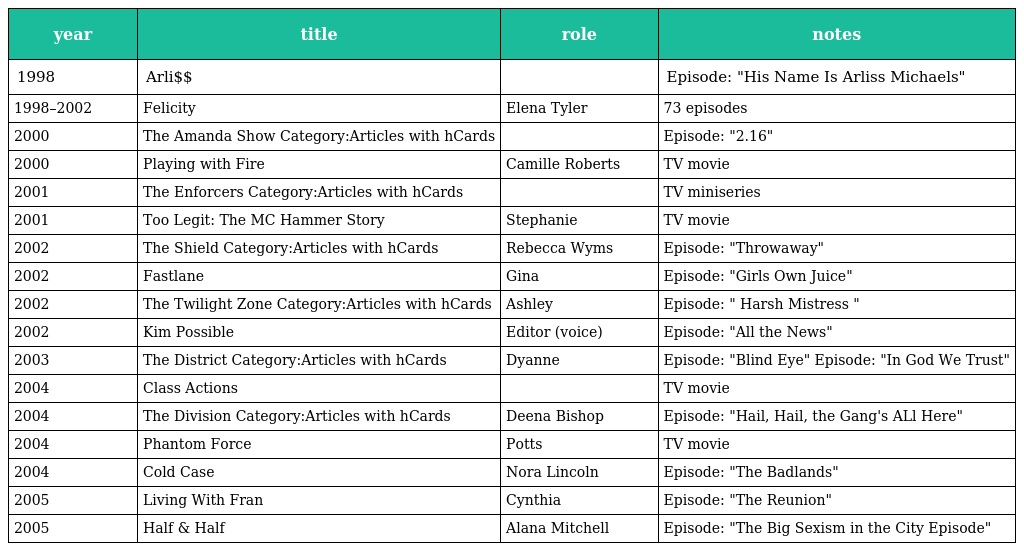
| year | title | role | notes |
 | --- | --- | --- | --- |
 | 1998 | Arli$$ |  | Episode: "His Name Is Arliss Michaels" |
 | 1998–2002 | Felicity | Elena Tyler | 73 episodes |
 | 2000 | The Amanda Show Category:Articles with hCards |  | Episode: "2.16" |
 | 2000 | Playing with Fire | Camille Roberts | TV movie |
 | 2001 | The Enforcers Category:Articles with hCards |  | TV miniseries |
 | 2001 | Too Legit: The MC Hammer Story | Stephanie | TV movie |
 | 2002 | The Shield Category:Articles with hCards | Rebecca Wyms | Episode: "Throwaway" |
 | 2002 | Fastlane | Gina | Episode: "Girls Own Juice" |
 | 2002 | The Twilight Zone Category:Articles with hCards | Ashley | Episode: " Harsh Mistress " |
 | 2002 | Kim Possible | Editor (voice) | Episode: "All the News" |
 | 2003 | The District Category:Articles with hCards | Dyanne | Episode: "Blind Eye" Episode: "In God We Trust" |
 | 2004 | Class Actions |  | TV movie |
 | 2004 | The Division Category:Articles with hCards | Deena Bishop | Episode: "Hail, Hail, the Gang's ALl Here" |
 | 2004 | Phantom Force | Potts | TV movie |
 | 2004 | Cold Case | Nora Lincoln | Episode: "The Badlands" |
 | 2005 | Living With Fran | Cynthia | Episode: "The Reunion" |
 | 2005 | Half & Half | Alana Mitchell | Episode: "The Big Sexism in the City Episode" |